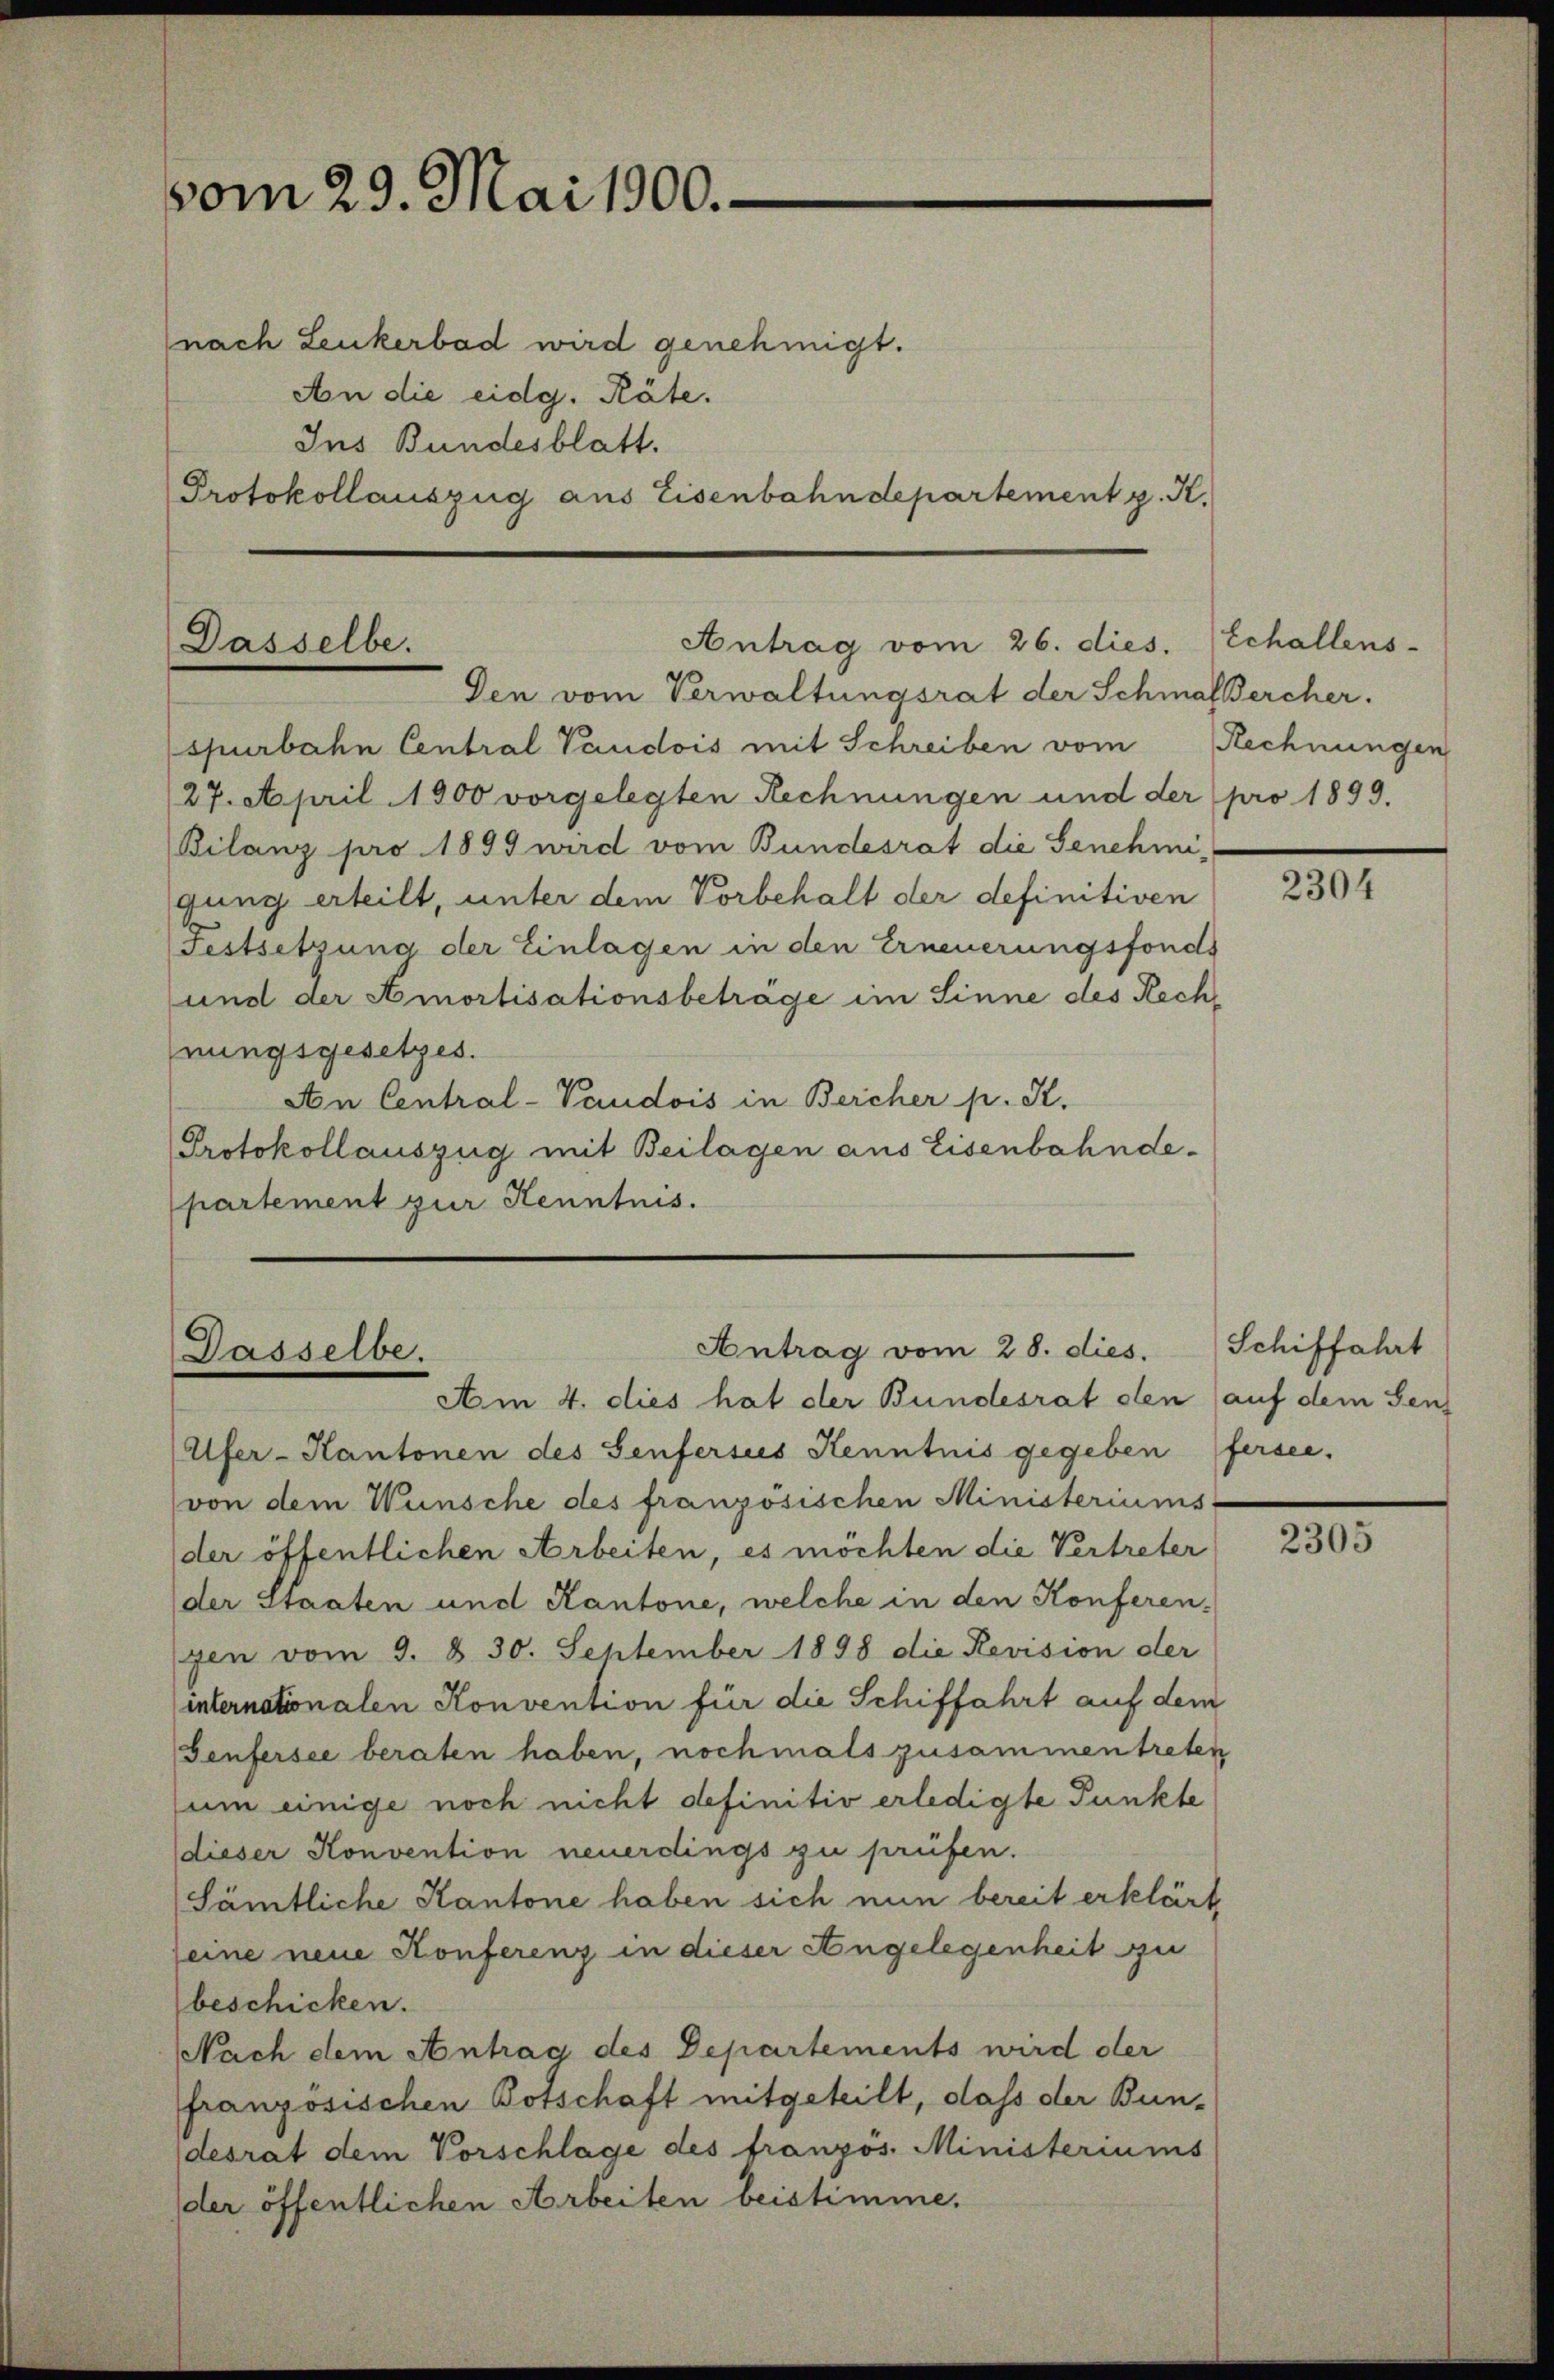
vom 29. Mai 1900.

nach Leukerbad wird genehmigt.
An die eidg. Räte.
Ins Bundesblatt.
Protokollauszug aus Eisenbahndepartement p. K.

Antrag vom 26. dies.
Dasselbe.
Den vom Verwaltungsrat der Schmal Bercher.

spurbahn Central Vaudois mit Schreiben vom Rechnungen
27. April 1900 vorgelegten Rechnungen und der pro 1899.
Bilanz pro 1899 wird vom Bundesrat die Senehmi
gung erteilt, unter dem Vorbehalt der definitiven
Festsetzung der Einlagen in den Erneuerungsfonds
und der Amortisationsbetrage im Sinne des Rech
nungsgesetzes.
An Central-Vaudois in Bercher p. K.
Protokollauszug mit Beilagen aus Eisenbahndepartement zur Kenntnis.

Antrag vom 28. dies.
Dasselbe.
Am 4. dies hat der Bundesrat den (auf dem Sen¬

Ufer-Kantonen des Senfersis Kenntnis gegeben Fersee.
von dem Wünsche des französischen Ministeriums-
der öffentlichen Arbeiten, es möchten die Vertreter
der Staaten und Kantone, welche in den Konferen-
gen vom 9. d. 30. September 1898 die Revision der
internationalen Konvention für die Schiffahrt auf dem
Genfersee beraten haben, nochmals zusammentreten
um einige noch nicht definitiv erledigte Punkte
dieser Konvention neuerdings zu prüfen.
Sämtliche Kantone haben sich nun bereit erklärt,
eine neue Konferenz in dieser Angelegenheit zu
beschicken.
Nach dem Antrag des Departements wird der
französischen Botschaft mitgeteilt, dass der Bundesrat dem Vorschlage des französ. Ministeriums
der öffentlichen Arbeiten beistimme.

Echallens-

2304

Schiffahrt

2305